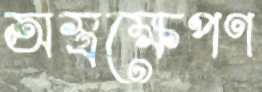
অস্ত্রক্ষেপণ